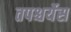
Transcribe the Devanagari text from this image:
तपश्चर्येस